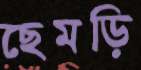
ছেমড়ি